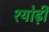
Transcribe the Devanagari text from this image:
श्योढ़ी